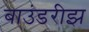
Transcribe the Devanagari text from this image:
बाउंडरीझ